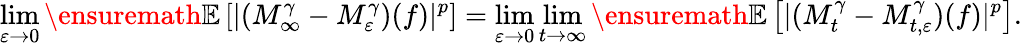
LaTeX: \operatorname*{lim}_{\varepsilon\to 0}{\ensuremath{\mathbb E}}\left[|(M_{\infty}^{\gamma}-M_{\varepsilon}^{\gamma})(f)|^{p}\right]=\operatorname*{lim}_{\varepsilon\to 0}\operatorname*{lim}_{t\to\infty}{\ensuremath{\mathbb E}}\left[|(M_{t}^{\gamma}-M_{t,\varepsilon}^{\gamma})(f)|^{p}\right].